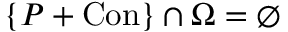
\{ P + \mathrm { C o n } \} \cap \Omega = \varnothing